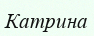
Катрина